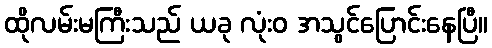
ထိုလမ်းမကြီးသည် ယခု လုံးဝ အသွင်ပြောင်းနေပြီ။